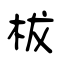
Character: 柭